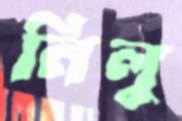
নিলু